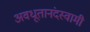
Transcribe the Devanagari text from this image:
अवधूतानंदस्वामी